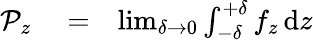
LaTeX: \begin{array}{rlr}{\mathcal{P}_{z}}&{{}=}&{\operatorname*{lim}_{\delta\to 0}\int_{-\delta}^{+\delta}f_{z}\, \mathrm{d}z}\end{array}